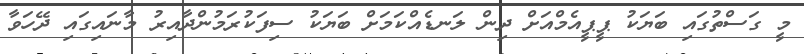
މީ ގަސްތުގައި ބަޔަކު ޕީޕީއެމްއަށް ދިން ލަނޑެއްކަމަށް ބަޔަކު ސިފަކުރަމުންދާއިރު މާނައިގައި ދޭހަވާ